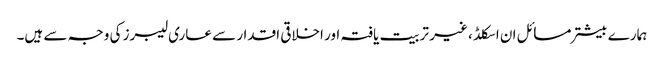
ہمارے بیشتر مسائل ان اسکلڈ ، غیر تربیت یافتہ اور اخلاقی اقدار سے عاری لیبرز کی وجہ سے ہیں۔